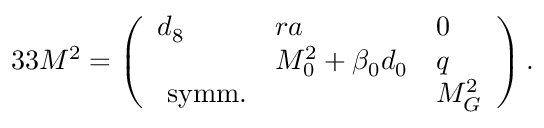
3 3 { \cal M } ^ { 2 } = \left( \begin{array} { l l l } { { d _ { 8 } } } & { { r a } } & { { 0 } } \\ { { } } & { { M _ { 0 } ^ { 2 } + \beta _ { 0 } d _ { 0 } } } & { { q } } \\ { { \mathrm { ~ s y m m . } } } & { { } } & { { M _ { G } ^ { 2 } } } \end{array} \right) .